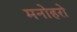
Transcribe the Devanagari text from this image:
मनोहरो